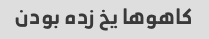
کاهوها یخ زده بودن